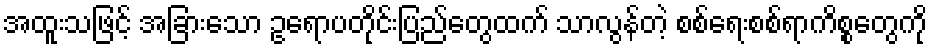
အထူးသဖြင့် အခြားသော ဥရောပတိုင်းပြည်တွေထက် သာလွန်တဲ့ စစ်ရေးစစ်ရာကိစ္စတွေကို